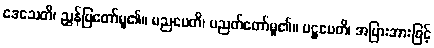
ဒေသေတိ၊ ညွှန်ပြတော်မူ၏။ ပညပေတိ၊ ပညတ်တော်မူ၏။ ပဋ္ဌပေတိ၊ အပြားအားဖြင့်